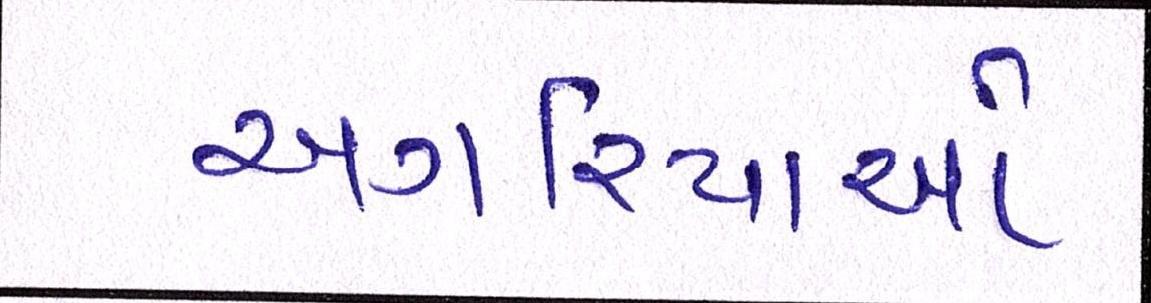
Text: અગરિયાઓ